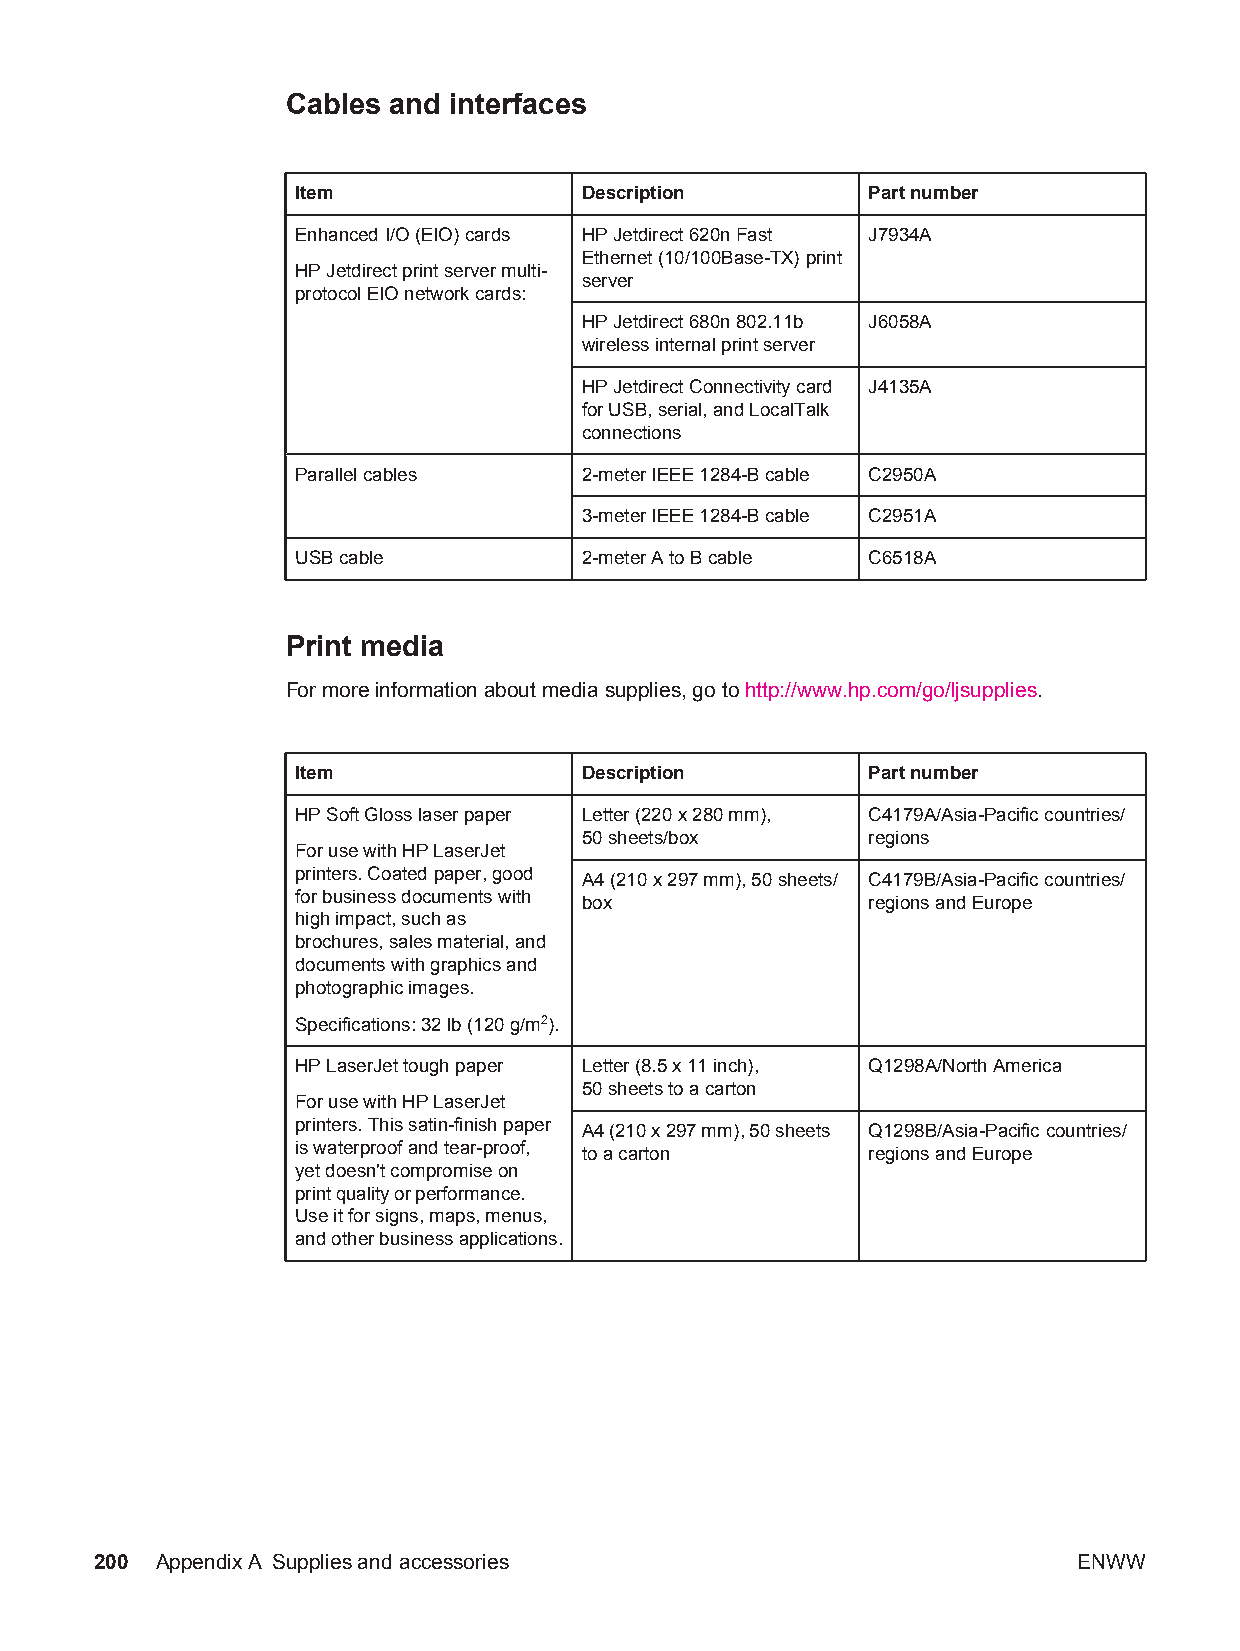
Cables and interfaces
 Item              Description        Part number
 Enhanced I/O (EIO) cards HP Jetdirect 620n Fast J7934A
 Ethernet (10/100Base-TX) print
 HP Jetdirect print server multi-
 server
 protocol EIO network cards:
 HP Jetdirect 680n 802.11b J6058A
 wireless internal print server
 HP Jetdirect Connectivity card J4135A
 for USB, serial, and LocalTalk
 connections
 Parallel cables   2-meter IEEE 1284-B cable C2950A
 3-meter IEEE 1284-B cable C2951A
 USB cable         2-meter A to B cable C6518A
 Print media
 For more information about media supplies, go to http://www.hp.com/go/ljsupplies.
 Item              Description        Part number
 HP Soft Gloss laser paper Letter (220 x 280 mm), C4179A/Asia-Pacific countries/
 50 sheets/box      regions
 For use with HP LaserJet
 printers. Coated paper, good
 A4 (210 x 297 mm), 50 sheets/ C4179B/Asia-Pacific countries/
 for business documents with box      regions and Europe
 high impact, such as
 brochures, sales material, and
 documents with graphics and
 photographic images.
 Specifications: 32 lb (120 g/m2).
 HP LaserJet tough paper Letter (8.5 x 11 inch), Q1298A/North America
 50 sheets to a carton
 For use with HP LaserJet
 printers. This satin-finish paper A4 (210 x 297 mm), 50 sheets Q1298B/Asia-Pacific countries/
 is waterproof and tear-proof, to a carton regions and Europe
 yet doesn't compromise on
 print quality or performance.
 Use it for signs, maps, menus,
 and other business applications.
 200 AppendixA Supplies and accessories                           ENWW